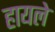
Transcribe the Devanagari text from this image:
हायले